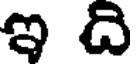
ఇ ది